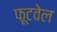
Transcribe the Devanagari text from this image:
फूटवेल